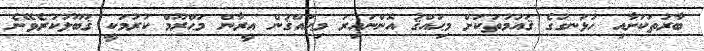
ބާރުތަކަށާއި ހުޅަނގުގެ ޤައުމުތަކަށް މިޙައްޤު އޮންނައިރު މިޙައްޤުން އީރާން މަޙްރޫމް ކުރުމަކީ ޤަބޫލުކުރެވޭނެ